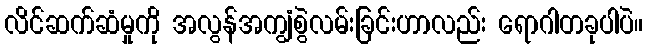
လိင်ဆက်ဆံမှုကို အလွန်အကျွံစွဲလမ်းခြင်းဟာလည်း ရောဂါတခုပါပဲ။